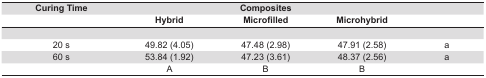
| Curing Time |  | Composites |  |  |
 |  | Hybrid | Microfilled | Microhybrid |  |
 | --- | --- | --- | --- | --- |
 |  |  |  |  |  |
 | 20 s | 49.82 (4.05) | 47.48 (2.98) | 47.91 (2.58) | a |
 | 60 s | 53.84 (1.92) | 47.23 (3.61) | 48.37 (2.56) | a |
 |  | A | B | B |  |